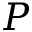
P